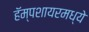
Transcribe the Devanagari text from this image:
हॅम्पशायरमध्ये